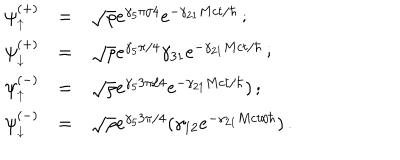
\begin{array} { r c l } { { \psi _ { \uparrow } ^ { ( + ) } } } & { { = } } & { { \sqrt { \rho } e ^ { \gamma _ { 5 } \pi / 4 } e ^ { - \gamma _ { 2 1 } M c t / \hbar } \, ; } } \\ { { \psi _ { \downarrow } ^ { ( + ) } } } & { { = } } & { { \sqrt { \rho } e ^ { \gamma _ { 5 } \pi / 4 } \gamma _ { 3 1 } e ^ { - \gamma _ { 2 1 } M c t / \hbar } \, ; } } \\ { { \psi _ { \uparrow } ^ { ( - ) } } } & { { = } } & { { \sqrt { \rho } e ^ { \gamma _ { 5 } 3 \pi / 4 } e ^ { - \gamma _ { 2 1 } M c t / \hbar } ) \, ; } } \\ { { \psi _ { \downarrow } ^ { ( - ) } } } & { { = } } & { { \sqrt { \rho } e ^ { \gamma _ { 5 } 3 \pi / 4 } ( \gamma _ { 1 2 } e ^ { - \gamma _ { 2 1 } M c t / \hbar } ) \, . } } \\ \end{array}